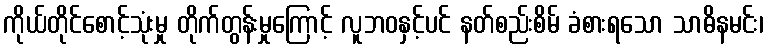
ကိုယ်တိုင်စောင့်သုံးမှု တိုက်တွန်းမှုကြောင့် လူဘဝနှင့်ပင် နတ်စည်းစိမ် ခံစားရသော သာဓိနမင်း၊